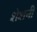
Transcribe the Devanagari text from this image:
शेशनी